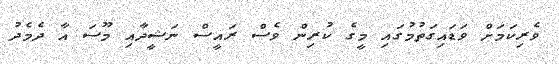
ވެރިކަމަށް ވަޑައިގަތުމުގައި މީގެ ކުރިން ވެސް ރައީސް ނަޝީދާއި މޫސަ އާ ދެމެދު